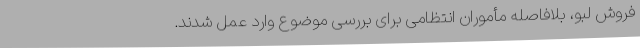
فروش لبو، بلافاصله مأموران انتظامی برای بررسی موضوع وارد عمل شدند.